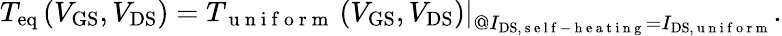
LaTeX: T_{\mathrm{eq}}\left(V_{\mathrm{GS}},V_{\mathrm{DS}}\right)=\left.T_{\mathrm{~u~n~i~f~o~r~m~}}\left(V_{\mathrm{GS}},V_{\mathrm{DS}}\right)\right|_{@I_{\mathrm{DS},\mathrm{~s~e~l~f~-~h~e~a~t~i~n~g~}}=I_{\mathrm{DS},\mathrm{~u~n~i~f~o~r~m~}}}.